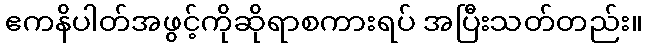
ဧကနိပါတ်အဖွင့်ကိုဆိုရာစကားရပ် အပြီးသတ်တည်း။